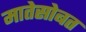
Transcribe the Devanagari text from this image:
मातेसोबत